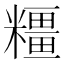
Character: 𱹢